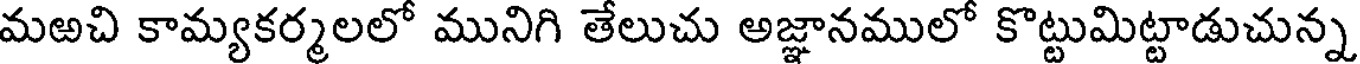
మఱచి కామ్యకర్మలలో మునిగి తేలుచు అజ్ఞానములో కొట్టుమిట్టాడుచున్న